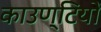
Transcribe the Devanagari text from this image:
काउण्टियों